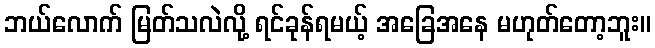
ဘယ်လောက် မြတ်သလဲလို့ ရင်ခုန်ရမယ့် အခြေအနေ မဟုတ်တော့ဘူး။